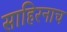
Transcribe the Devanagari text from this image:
साहिरनाच